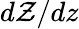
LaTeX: d\mathcal{Z}/dz